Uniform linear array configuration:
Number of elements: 12
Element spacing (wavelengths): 0.75
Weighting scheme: binomial
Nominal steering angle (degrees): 30
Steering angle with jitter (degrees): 28.976
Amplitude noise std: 0.05
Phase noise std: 0.05

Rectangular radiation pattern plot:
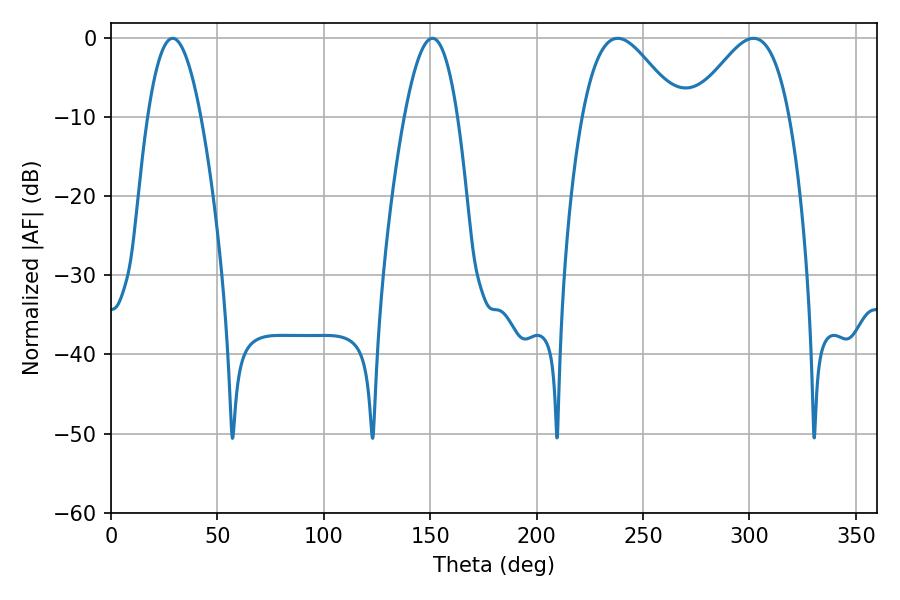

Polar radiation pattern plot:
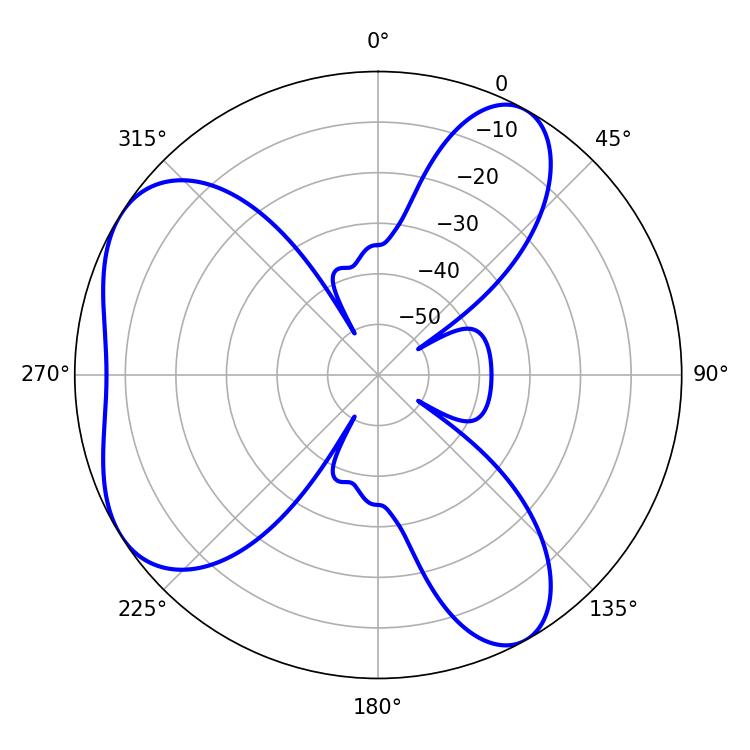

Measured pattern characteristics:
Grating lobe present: TRUE
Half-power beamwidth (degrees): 13.68
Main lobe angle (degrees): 28.98